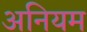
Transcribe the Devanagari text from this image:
अनियम